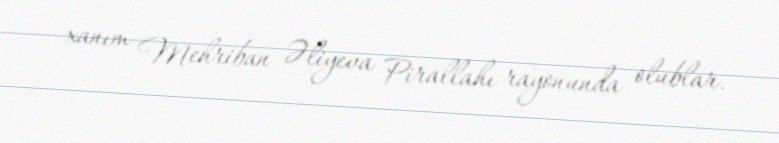
xanım Mehriban Əliyeva Pirallahı rayonunda olublar.